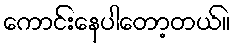
ကောင်းနေပါတော့တယ်။